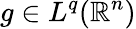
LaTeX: g\in L^{q}(\mathbb{R}^{n})